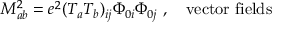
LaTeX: M _ { a b } ^ { 2 } = e ^ { 2 } ( T _ { a } T _ { b } ) _ { i j } \Phi _ { 0 i } \Phi _ { 0 j } \ , \ \ \ \mathrm { v e c t o r \ f i e l d s }